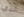
الذي